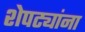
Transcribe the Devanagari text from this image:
शेपट्यांना